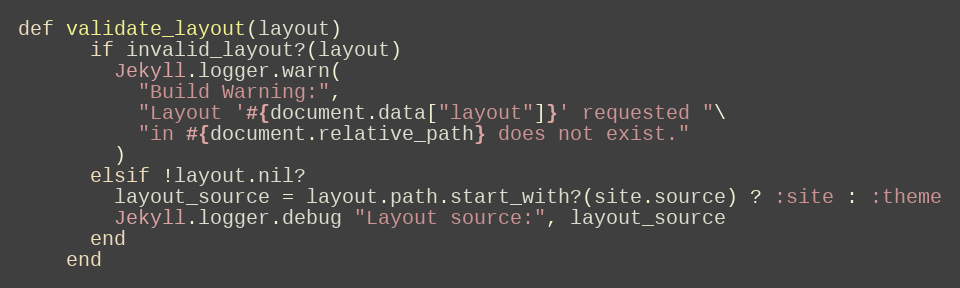
Language: Ruby
def validate_layout(layout)
      if invalid_layout?(layout)
        Jekyll.logger.warn(
          "Build Warning:",
          "Layout '#{document.data["layout"]}' requested "\
          "in #{document.relative_path} does not exist."
        )
      elsif !layout.nil?
        layout_source = layout.path.start_with?(site.source) ? :site : :theme
        Jekyll.logger.debug "Layout source:", layout_source
      end
    end